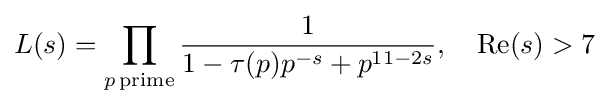
L(s)=\prod _{p\,{\text{prime}}}{\frac {1}{1-\tau (p)p^{-s}+p^{11-2s}}},\quad \mathrm {Re} (s)>7